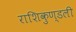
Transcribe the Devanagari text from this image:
राशिकुण्डली